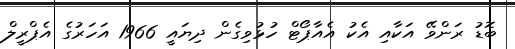
ބޮޑު ރަންވޭ އަކާއި އެކު އެއާޕޯޓް ހުޅުވިގެން ދިޔައީ 1966 އަހަރުގެ އެޕްރީލް